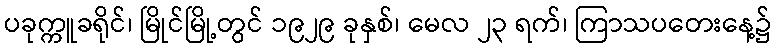
ပခုက္ကူခရိုင်၊ မြိုင်မြို့တွင် ၁၉၂၉ ခုနှစ်၊ မေလ ၂၃ ရက်၊ ကြာသပတေးနေ့၌